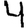
Digit: 4